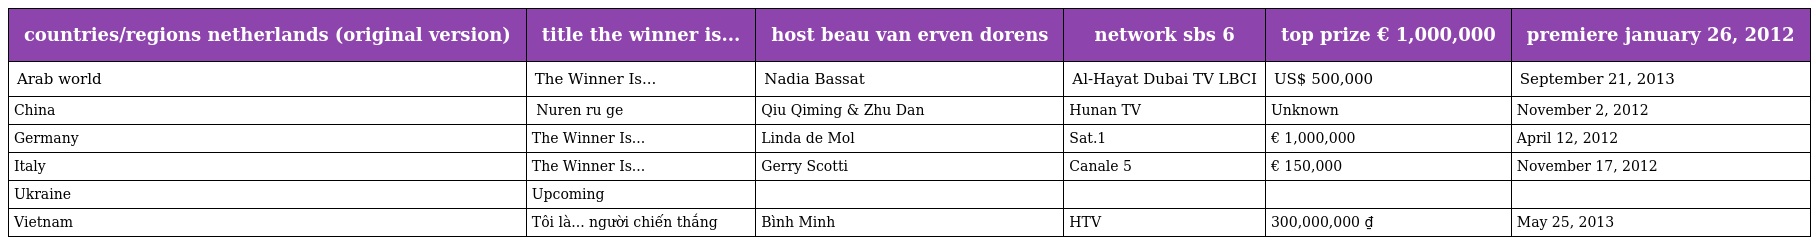
| countries/regions netherlands (original version) | title the winner is... | host beau van erven dorens | network sbs 6 | top prize € 1,000,000 | premiere january 26, 2012 |
 | --- | --- | --- | --- | --- | --- |
 | Arab world | The Winner Is... | Nadia Bassat | Al-Hayat Dubai TV LBCI | US$ 500,000 | September 21, 2013 |
 | China | 女人如歌 Nuren ru ge | Qiu Qiming & Zhu Dan | Hunan TV | Unknown | November 2, 2012 |
 | Germany | The Winner Is... | Linda de Mol | Sat.1 | € 1,000,000 | April 12, 2012 |
 | Italy | The Winner Is... | Gerry Scotti | Canale 5 | € 150,000 | November 17, 2012 |
 | Ukraine | Upcoming |  |  |  |  |
 | Vietnam | Tôi là... người chiến thắng | Bình Minh | HTV | 300,000,000 ₫ | May 25, 2013 |